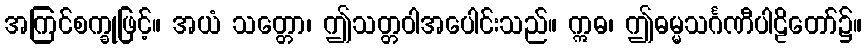
အကြင်စက္ခုဖြင့်။ အယံ သတ္တော၊ ဤသတ္တဝါအပေါင်းသည်။ ဣဓ၊ ဤဓမ္မသင်္ဂဏီပါဠိတော်၌။